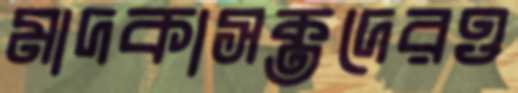
মাদকাসক্তদেরও